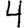
Digit: 4